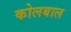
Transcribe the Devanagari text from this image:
कोलबाल